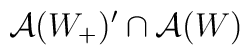
\mathcal{A}(W_{+})^{\prime }\cap \mathcal{A}(W)